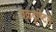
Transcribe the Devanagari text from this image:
वक्रदृष्टिमे